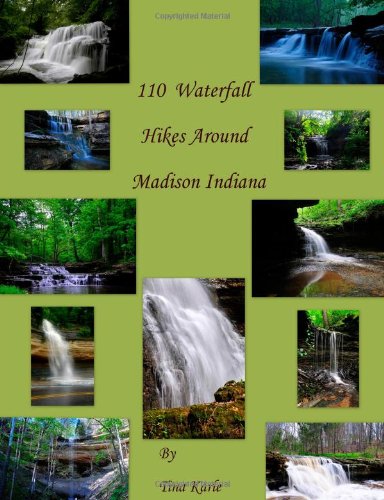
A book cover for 110 Waterfall Hikes Around Madison Indiana; Tina Karle; Travel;